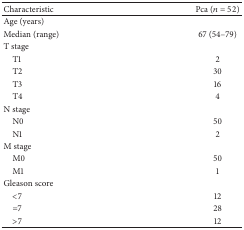
<table><thead><tr><td><b>Characteristic</b></td><td><b>Pca (<i>n</i> = 52)</b></td></tr></thead><tbody><tr><td>Age (years)</td><td> </td></tr><tr><td>Median (range)</td><td>67 (54–79)</td></tr><tr><td>T stage</td><td> </td></tr><tr><td> T1</td><td>2</td></tr><tr><td> T2</td><td>30</td></tr><tr><td> T3</td><td>16</td></tr><tr><td> T4</td><td>4</td></tr><tr><td>N stage</td><td> </td></tr><tr><td> N0</td><td>50</td></tr><tr><td> N1</td><td>2</td></tr><tr><td>M stage</td><td> </td></tr><tr><td> M0</td><td>50</td></tr><tr><td> M1</td><td>1</td></tr><tr><td>Gleason score</td><td> </td></tr><tr><td> &lt;7</td><td>12</td></tr><tr><td> =7</td><td>28</td></tr><tr><td> &gt;7</td><td>12</td></tr></tbody></table>